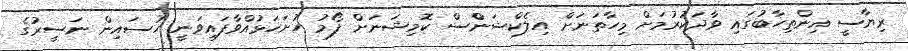
ރިޔާސީ އިންތިހާބުގައި ވާދަކުރުމަށް މިހާތަނަށް އިލެކްޝަންްސް ކޮމިޝަނަށް ފޯމު ހުށަހަޅުއްވާފައިވަނީ ހުސައިން ނަސީރުގެ